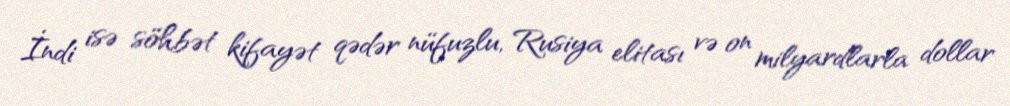
İndi isə söhbət kifayət qədər nüfuzlu, Rusiya elitası və on milyardlarla dollar